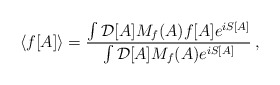
\begin{align*}\langle f[A] \rangle = \frac{\int {\cal D}[A] M_f(A)f[A] e^{iS[A]}}{\int {\cal D}[A] M_f(A) e^{iS[A]}} \> ,\end{align*}